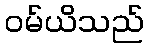
ဝမ်ယိသည်